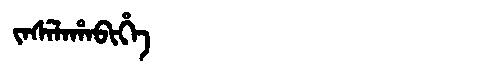
Manchu: ᠵᠠᠰᡝᠯᠠᡥᠠᠪᡳᡥᡝ
Romanization: JASELAHABIHE